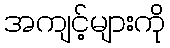
အကျင့်များကို